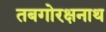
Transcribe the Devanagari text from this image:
तबगोरक्षनाथ